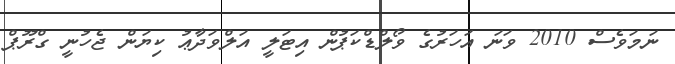
ނަމަވެސް 2010 ވަނަ އަހަރުގެ ވޯލްޑްކަޕުން އިޓަލީ އަލްވަދާޢު ކިޔަން ޖެހުނީ ގްރޫޕް